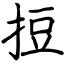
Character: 𢭃